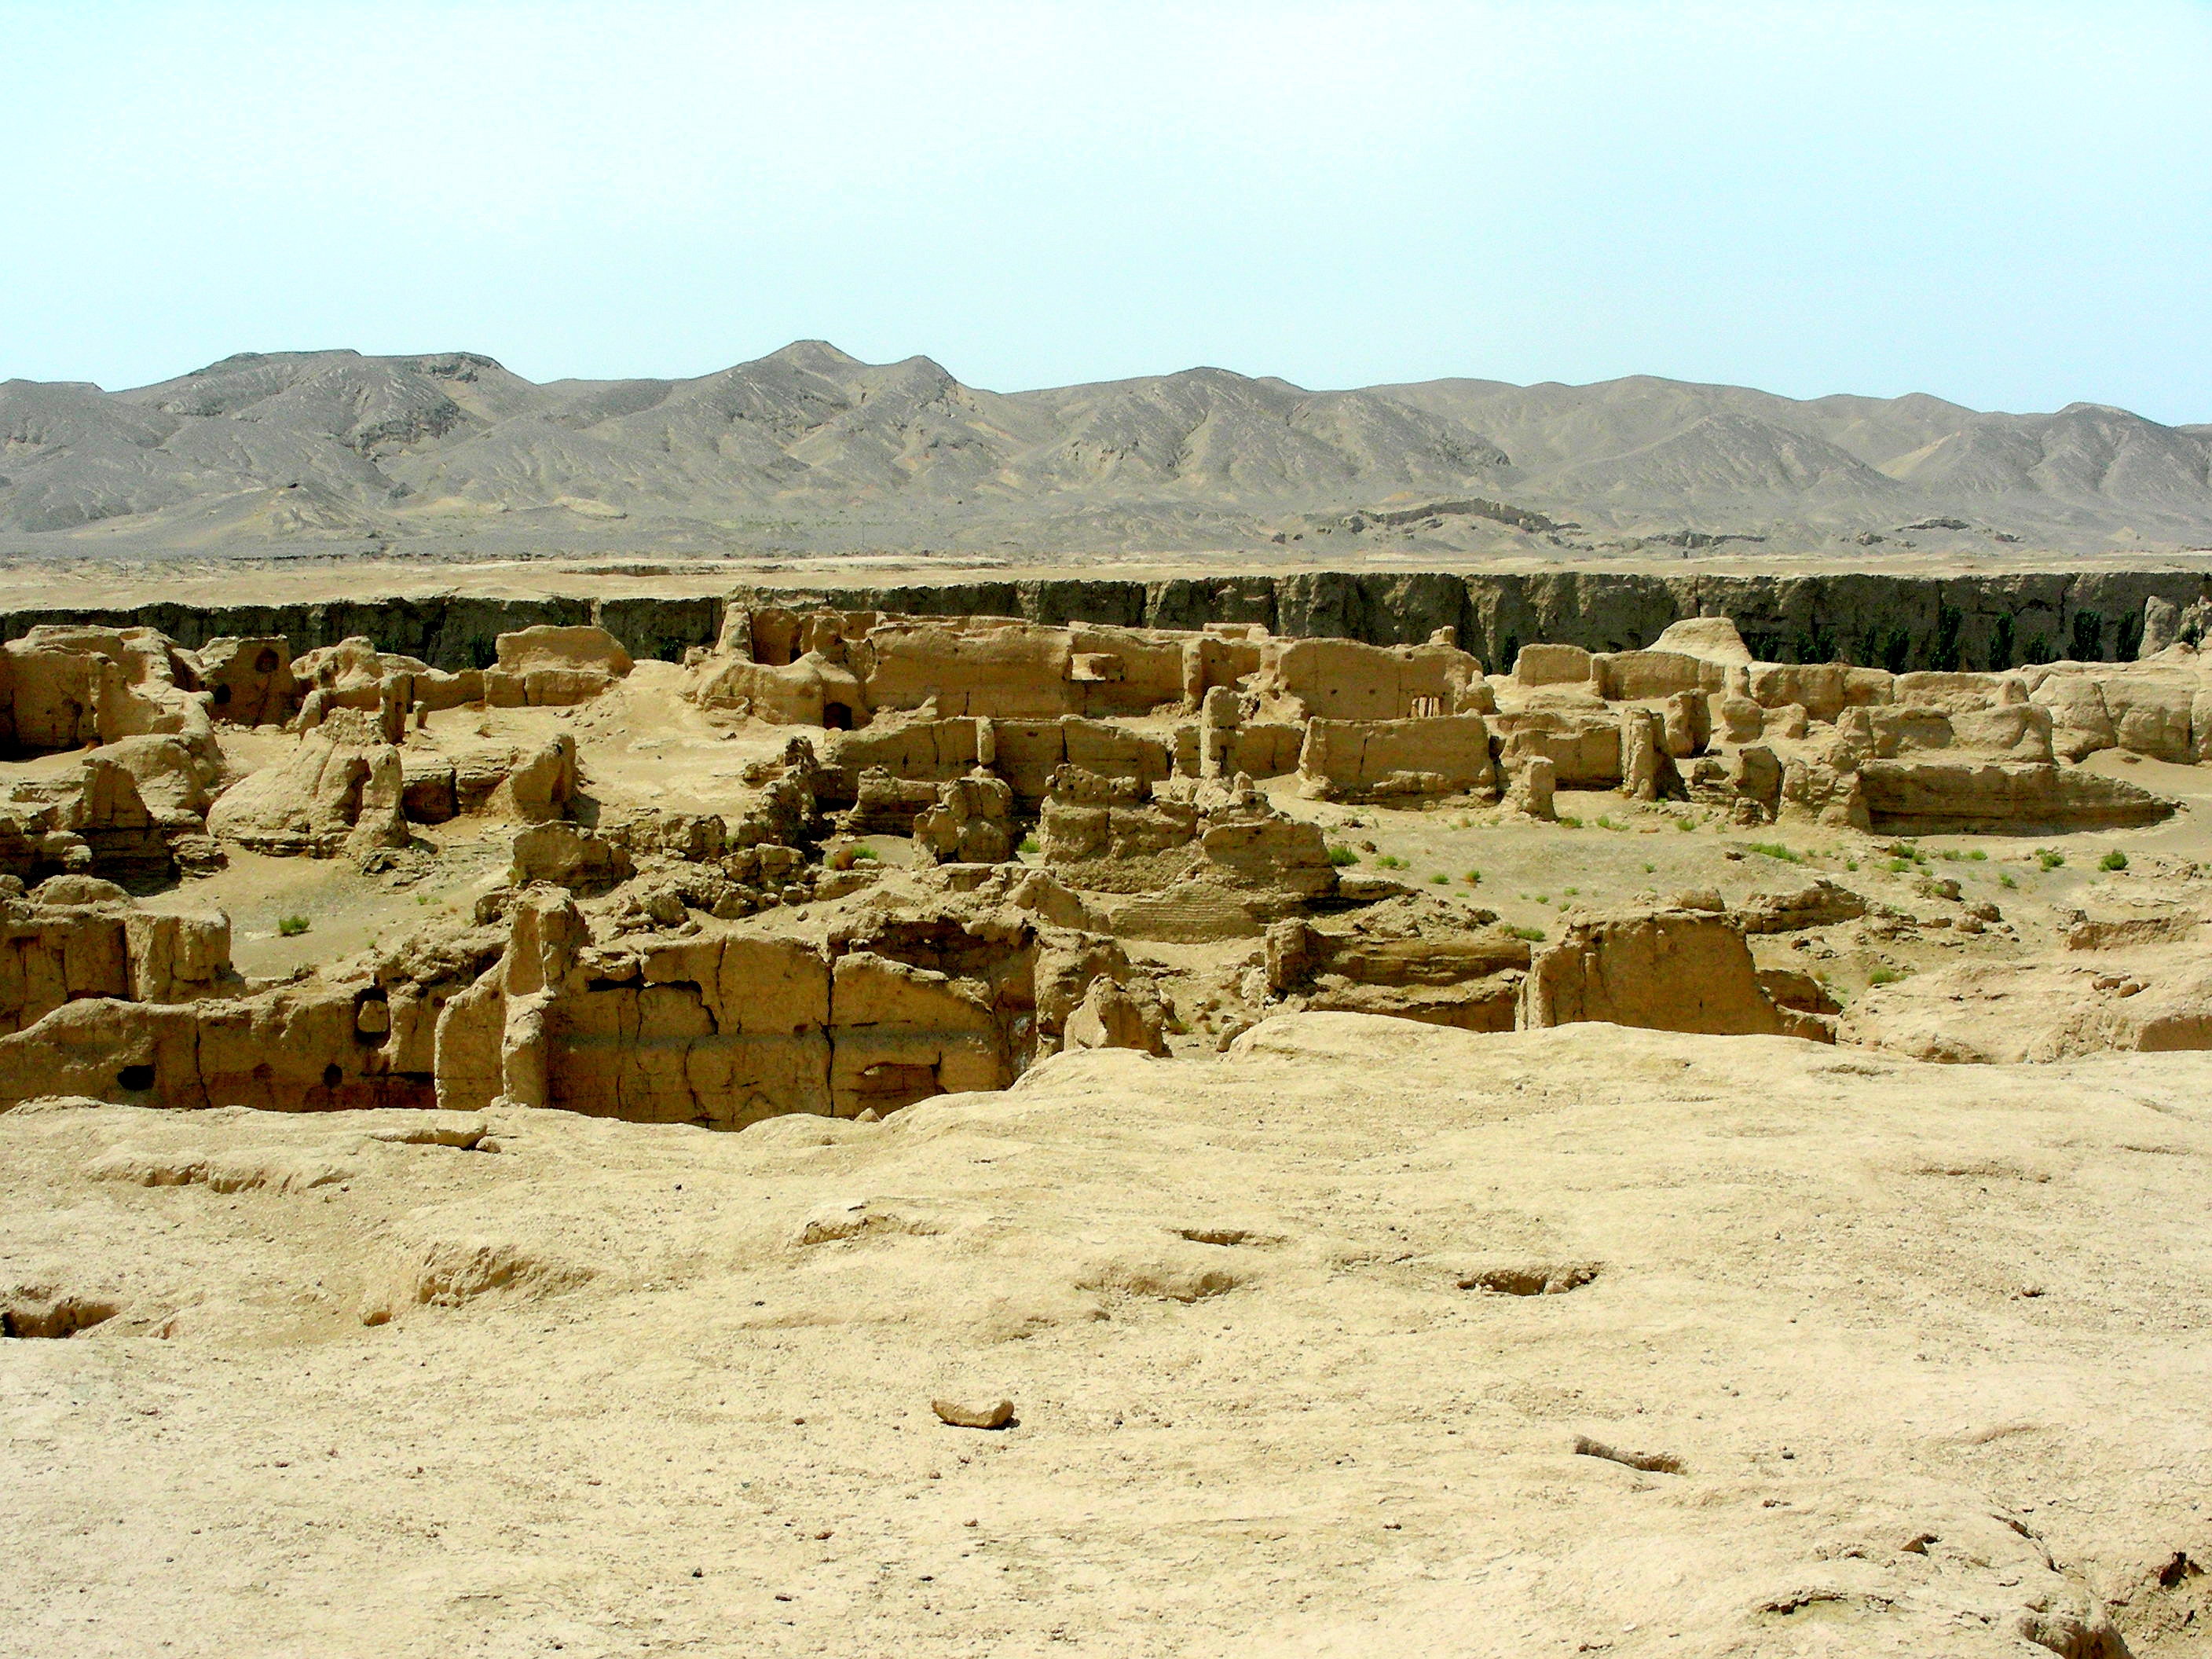
交河城边鸟飞绝，轮台路上马蹄滑。